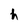
Character: h